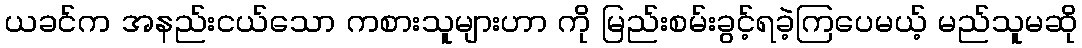
ယခင်က အနည်းငယ်သော ကစားသူများဟာ ကို မြည်းစမ်းခွင့်ရခဲ့ကြပေမယ့် မည်သူမဆို